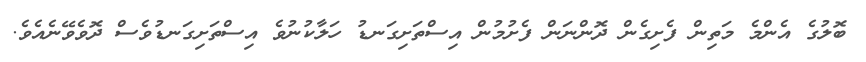
ބޮލުގެ އެންމެ މަތިން ފެށިގެން ދޮންނަން ފެށުމުން އިސްތަށިގަނޑު ހަލާކުނުވެ އިސްތަށިގަނޑުވެސް ދޮވެވޭނެއެވެ.